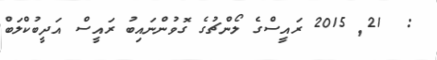
:  21